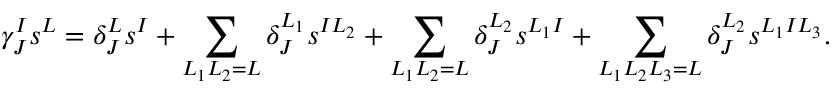
\gamma _ { J } ^ { I } s ^ { L } = \delta _ { J } ^ { L } s ^ { I } + \sum _ { L _ { 1 } L _ { 2 } = L } \delta _ { J } ^ { L _ { 1 } } s ^ { I L _ { 2 } } + \sum _ { L _ { 1 } L _ { 2 } = L } \delta _ { J } ^ { L _ { 2 } } s ^ { L _ { 1 } I } + \sum _ { L _ { 1 } L _ { 2 } L _ { 3 } = L } \delta _ { J } ^ { L _ { 2 } } s ^ { L _ { 1 } I L _ { 3 } } .